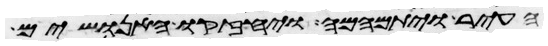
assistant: העיר ויתמהמה ויחזקו האנושים